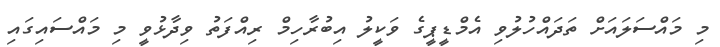
މި މައްސަލައަށް ތަދައްހުލުވި އެމްޑީޕީގެ ވަކީލު އިބުރާހިމް ރިއްފަތު ވިދާޅުވީ މި މައްސައިގައި